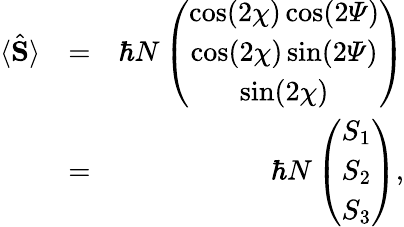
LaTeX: \begin{array}{rlr}{\langle\hat{\mathbf S}\rangle}&{=}&{\hbar N\left(\begin{array}{c}{\cos(2\chi)\cos(2{\mathit\Psi})}\\ {\cos(2\chi)\sin(2{\mathit\Psi})}\\ {\sin(2\chi)}\end{array}\right)}\\ &{=}&{\hbar N\left(\begin{array}{c}{S_{1}}\\ {S_{2}}\\ {S_{3}}\end{array}\right),}\end{array}